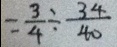
= \frac { 3 } { 4 } + \frac { 3 4 } { 4 0 }